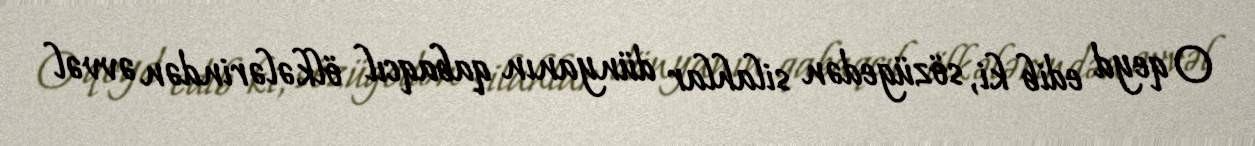
O qeyd edib ki, sözügedən silahlar dünyanın qabaqcıl ölkələrindən əvvəl